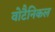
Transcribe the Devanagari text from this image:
वोटैनिकल